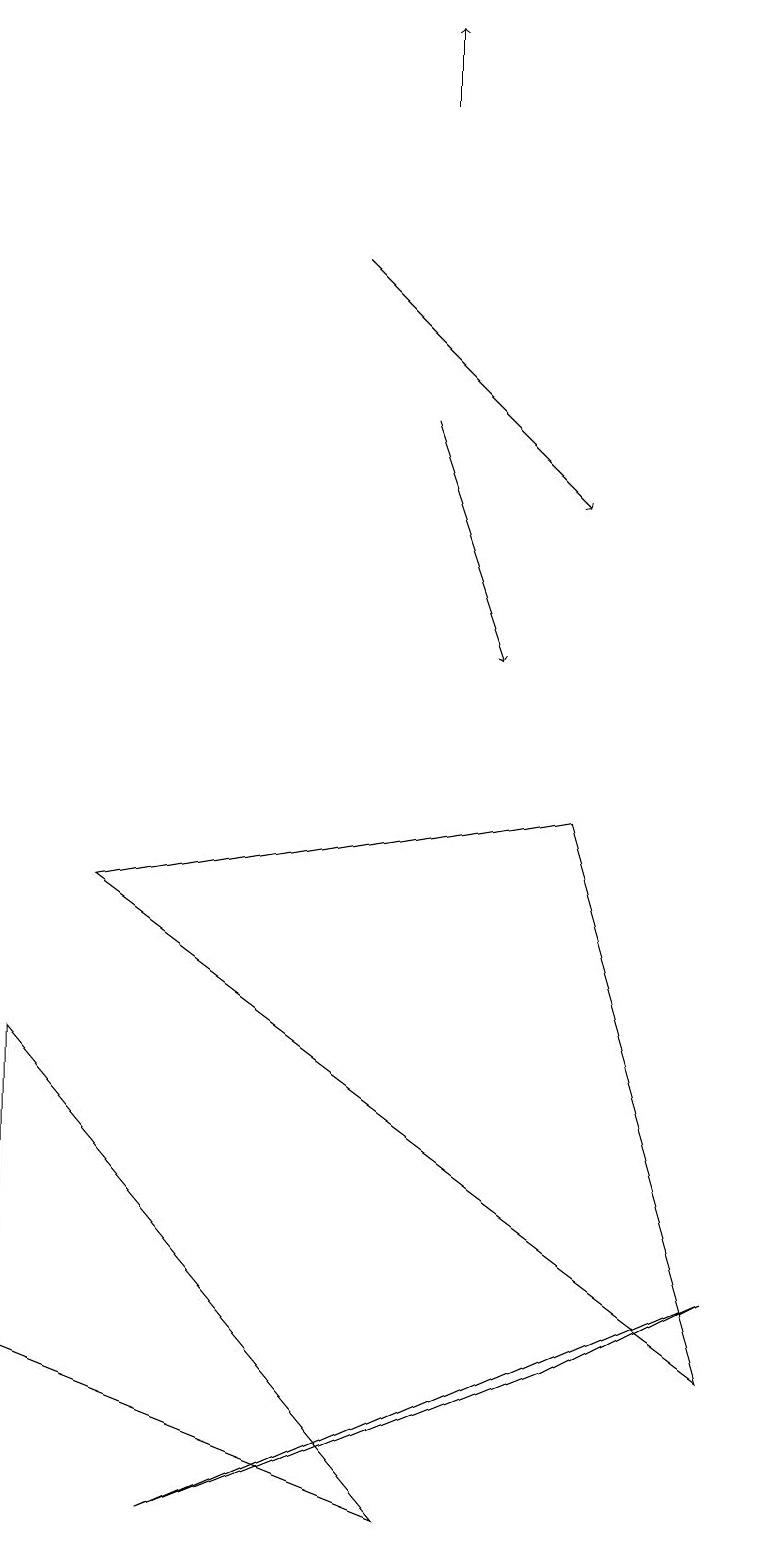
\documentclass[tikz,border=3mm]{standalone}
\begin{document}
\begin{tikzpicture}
\draw (5,0) -- (0,2) -- (0,6) -- cycle;
\draw[->] (4,16) -- (7,13);
\draw (2,0) -- (9,3) -- (7,2) -- cycle;
\draw (1,8) -- (9,2) -- (7,9) -- cycle;
\draw[->] (5,14) -- (6,11);
\draw[->] (5,18) -- (5,19);
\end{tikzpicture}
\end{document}